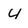
Character: 4